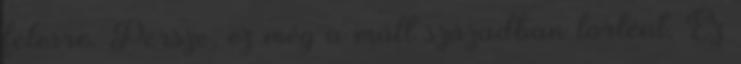
felesre. Persze, ez még a múlt században történt. Ez